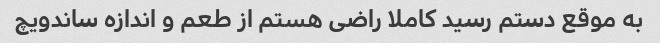
به موقع دستم رسید کاملا راضی هستم از طعم و اندازه ساندویچ